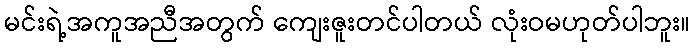
မင်းရဲ့အကူအညီအတွက် ကျေးဇူးတင်ပါတယ် လုံးဝမဟုတ်ပါဘူး။